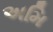
અમિ